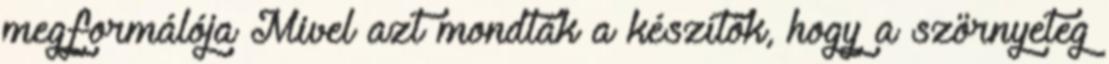
megformálója Mivel azt mondták a készítők, hogy a szörnyeteg